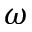
\omega